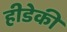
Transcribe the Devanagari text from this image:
हीडेकी